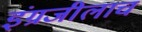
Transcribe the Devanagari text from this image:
इंग्रजीलाच